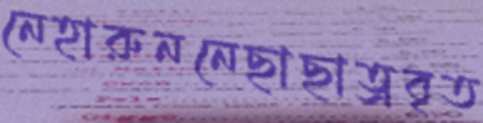
নেহারুননেছাছাত্রবৃত